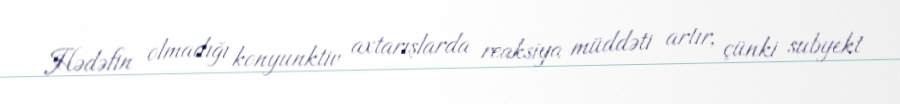
Hədəfin olmadığı konyunktiv axtarışlarda reaksiya müddəti artır, çünki subyekt